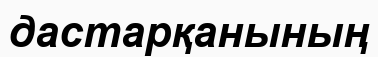
дастарқанының